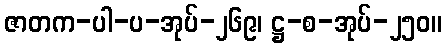
ဇာတက-ပါ-ပ-အုပ်-၂၆၉၊ ဋ္ဌ-စ-အုပ်-၂၅၀။